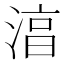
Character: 湻